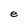
Character: e